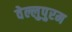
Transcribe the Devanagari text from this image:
वेल्लुपुरम